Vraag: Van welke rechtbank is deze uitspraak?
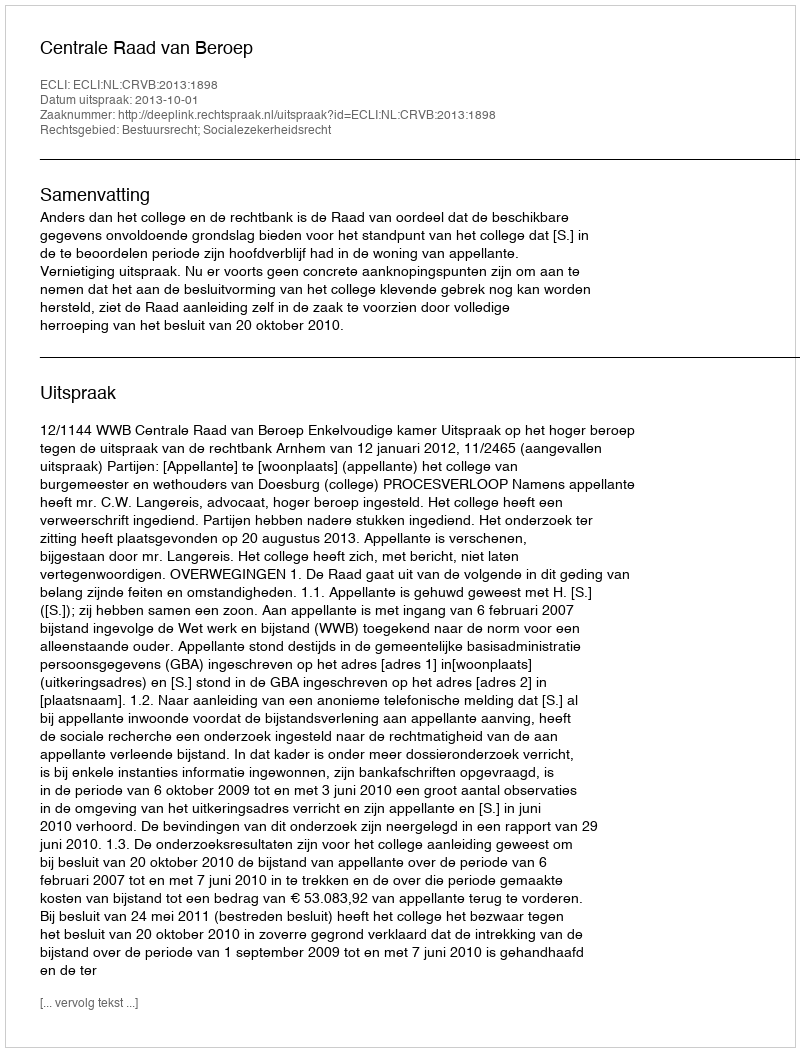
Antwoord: Centrale Raad van Beroep